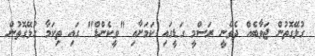
ގުޅޭގޮތުން ޖަވާބެއް ދެވޭނީ ރަސްމީ ގަޑީގައި ކަމަށާއި "ވީކެންޑް" ގައި ތިކަމާ ގުޅޭގޮތުން